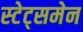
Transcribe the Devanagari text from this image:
स्‍टेट्समेन